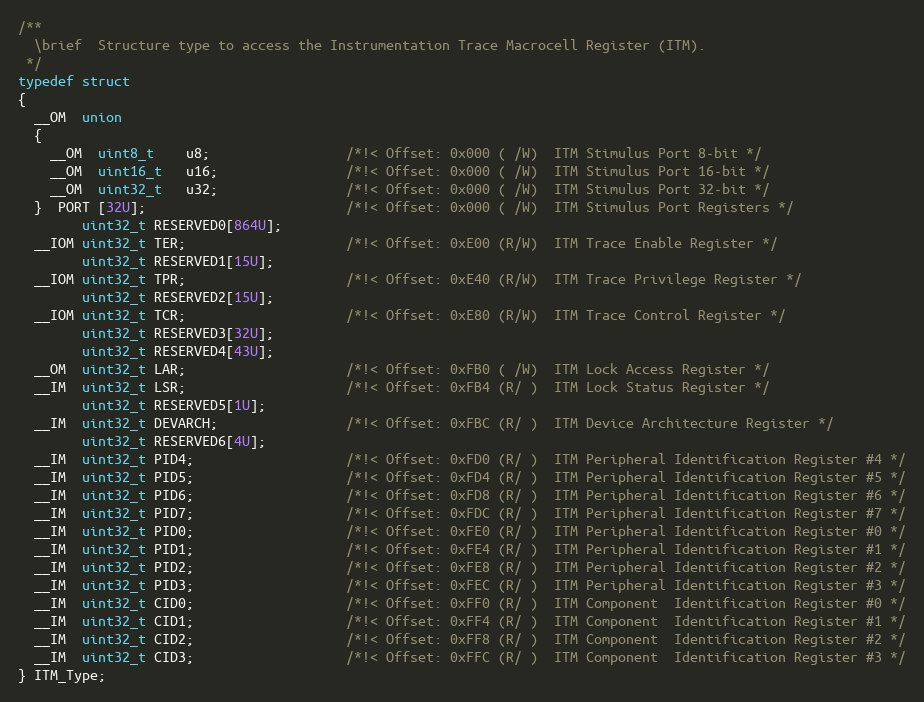
Language: C
/**
  \brief  Structure type to access the Instrumentation Trace Macrocell Register (ITM).
 */
typedef struct
{
  __OM  union
  {
    __OM  uint8_t    u8;                 /*!< Offset: 0x000 ( /W)  ITM Stimulus Port 8-bit */
    __OM  uint16_t   u16;                /*!< Offset: 0x000 ( /W)  ITM Stimulus Port 16-bit */
    __OM  uint32_t   u32;                /*!< Offset: 0x000 ( /W)  ITM Stimulus Port 32-bit */
  }  PORT [32U];                         /*!< Offset: 0x000 ( /W)  ITM Stimulus Port Registers */
        uint32_t RESERVED0[864U];
  __IOM uint32_t TER;                    /*!< Offset: 0xE00 (R/W)  ITM Trace Enable Register */
        uint32_t RESERVED1[15U];
  __IOM uint32_t TPR;                    /*!< Offset: 0xE40 (R/W)  ITM Trace Privilege Register */
        uint32_t RESERVED2[15U];
  __IOM uint32_t TCR;                    /*!< Offset: 0xE80 (R/W)  ITM Trace Control Register */
        uint32_t RESERVED3[32U];
        uint32_t RESERVED4[43U];
  __OM  uint32_t LAR;                    /*!< Offset: 0xFB0 ( /W)  ITM Lock Access Register */
  __IM  uint32_t LSR;                    /*!< Offset: 0xFB4 (R/ )  ITM Lock Status Register */
        uint32_t RESERVED5[1U];
  __IM  uint32_t DEVARCH;                /*!< Offset: 0xFBC (R/ )  ITM Device Architecture Register */
        uint32_t RESERVED6[4U];
  __IM  uint32_t PID4;                   /*!< Offset: 0xFD0 (R/ )  ITM Peripheral Identification Register #4 */
  __IM  uint32_t PID5;                   /*!< Offset: 0xFD4 (R/ )  ITM Peripheral Identification Register #5 */
  __IM  uint32_t PID6;                   /*!< Offset: 0xFD8 (R/ )  ITM Peripheral Identification Register #6 */
  __IM  uint32_t PID7;                   /*!< Offset: 0xFDC (R/ )  ITM Peripheral Identification Register #7 */
  __IM  uint32_t PID0;                   /*!< Offset: 0xFE0 (R/ )  ITM Peripheral Identification Register #0 */
  __IM  uint32_t PID1;                   /*!< Offset: 0xFE4 (R/ )  ITM Peripheral Identification Register #1 */
  __IM  uint32_t PID2;                   /*!< Offset: 0xFE8 (R/ )  ITM Peripheral Identification Register #2 */
  __IM  uint32_t PID3;                   /*!< Offset: 0xFEC (R/ )  ITM Peripheral Identification Register #3 */
  __IM  uint32_t CID0;                   /*!< Offset: 0xFF0 (R/ )  ITM Component  Identification Register #0 */
  __IM  uint32_t CID1;                   /*!< Offset: 0xFF4 (R/ )  ITM Component  Identification Register #1 */
  __IM  uint32_t CID2;                   /*!< Offset: 0xFF8 (R/ )  ITM Component  Identification Register #2 */
  __IM  uint32_t CID3;                   /*!< Offset: 0xFFC (R/ )  ITM Component  Identification Register #3 */
} ITM_Type;